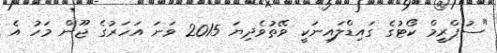
"ސުޕްރީމް ކޯޓުގެ ގައިޑްލައިނަކީ ވޭތުވެދިޔަ 2015 ވަނަ އަހަރުގެ ޖޫން މަހު އެ